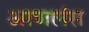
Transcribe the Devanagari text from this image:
आणलंस